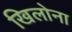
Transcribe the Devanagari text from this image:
खिलोना